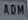
.COM